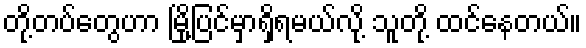
တို့တပ်တွေဟာ မြို့ပြင်မှာရှိရမယ်လို့ သူတို့ ထင်နေတယ်။